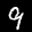
Label: 9